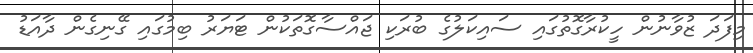
މިފަދަ ޒުވާނުން ހީކުރާގޮތުގައި ސައިކަލުގެ ބުރަކި ޖައްސާގޮތަކުން ޓަޔަރު ބިމުގައި ގޭނިގެން ދާއަޑު